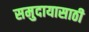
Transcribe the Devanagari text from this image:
समुदायासाठी